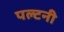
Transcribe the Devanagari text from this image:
पल्टनी